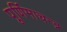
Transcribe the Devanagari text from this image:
पूर्णिमाचन्द्र